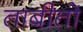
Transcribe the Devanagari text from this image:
ताबीतो